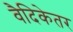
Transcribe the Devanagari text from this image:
वैदिकेतर